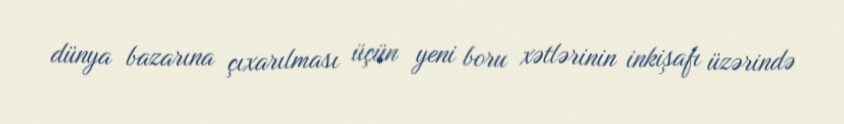
dünya bazarına çıxarılması üçün yeni boru xətlərinin inkişafı üzərində